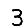
Digit: 3